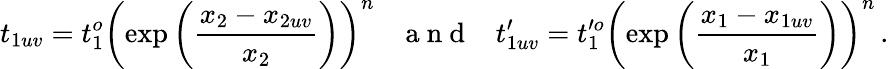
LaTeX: t_{1uv}=t_{1}^{o}\left(\exp{\left(\frac{x_{2}-x_{2uv}}{x_{2}}\right)}\right)^{n}\; \; \; \mathrm{~a~n~d~}\; \; \; t_{1uv}^{\prime}=t_{1}^{\prime o}\left(\exp{\left(\frac{x_{1}-x_{1uv}}{x_{1}}\right)}\right)^{n}\, .